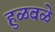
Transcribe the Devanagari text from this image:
हुळवळे